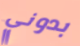
بدوني